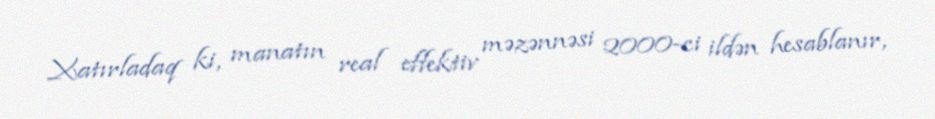
Xatırladaq ki, manatın real effektiv məzənnəsi 2000-ci ildən hesablanır,